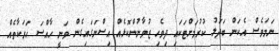
ނަމަވެސް އެކަން ބަދަލު ކުރުމަށްޓަކައި ދިވެހި ޒުވާނުންކޮޅެއް އިސްނަގައިގެން ވަނީ ހާއްސަ ހަރަކާތެއް